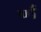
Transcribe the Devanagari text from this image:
र्ण